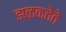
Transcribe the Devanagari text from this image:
झळकतेते